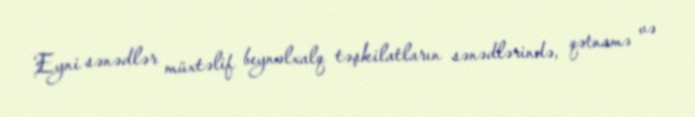
Eyni sənədlər müxtəlif beynəlxalq təşkilatların sənədlərində, qətnamə və